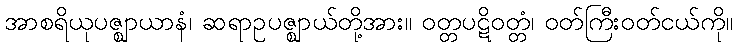
အာစရိယုပဇ္ဈာယာနံ၊ ဆရာဥပဇ္ဈာယ်တို့အား။ ဝတ္တပဋိဝတ္တံ၊ ဝတ်ကြီးဝတ်ငယ်ကို။